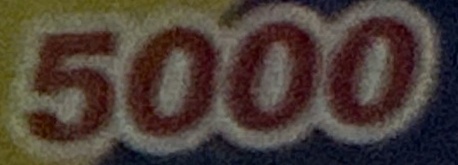
5000